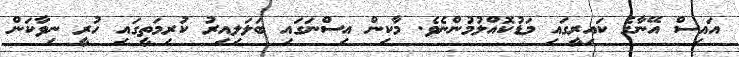
އައިސް އޭނާގެ ކައިރީގައި މަޑުކޮއްލުމުންނެވެ. މާކިން އިސްނަގައި ބަލަލިއިރު ކުރިމަތީގައި ހުރީ ނިވާކަން